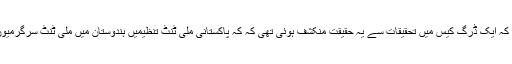
این آئی اے کے ایک ترجمان نے اپنے ایک بیان میں کہا تھا کہ ایک ڈرگ کیس میں تحقیقات سے یہ حقیقت منکشف ہوئی تھی کہ کہ پاکستانی ملی ٹنٹ تنظیمیں ہندوستان میں ملی ٹنٹ سرگرمیوں کو بڑھاوا دینے کے لئے منشیات کا کاروبار کر رہی ہیں۔